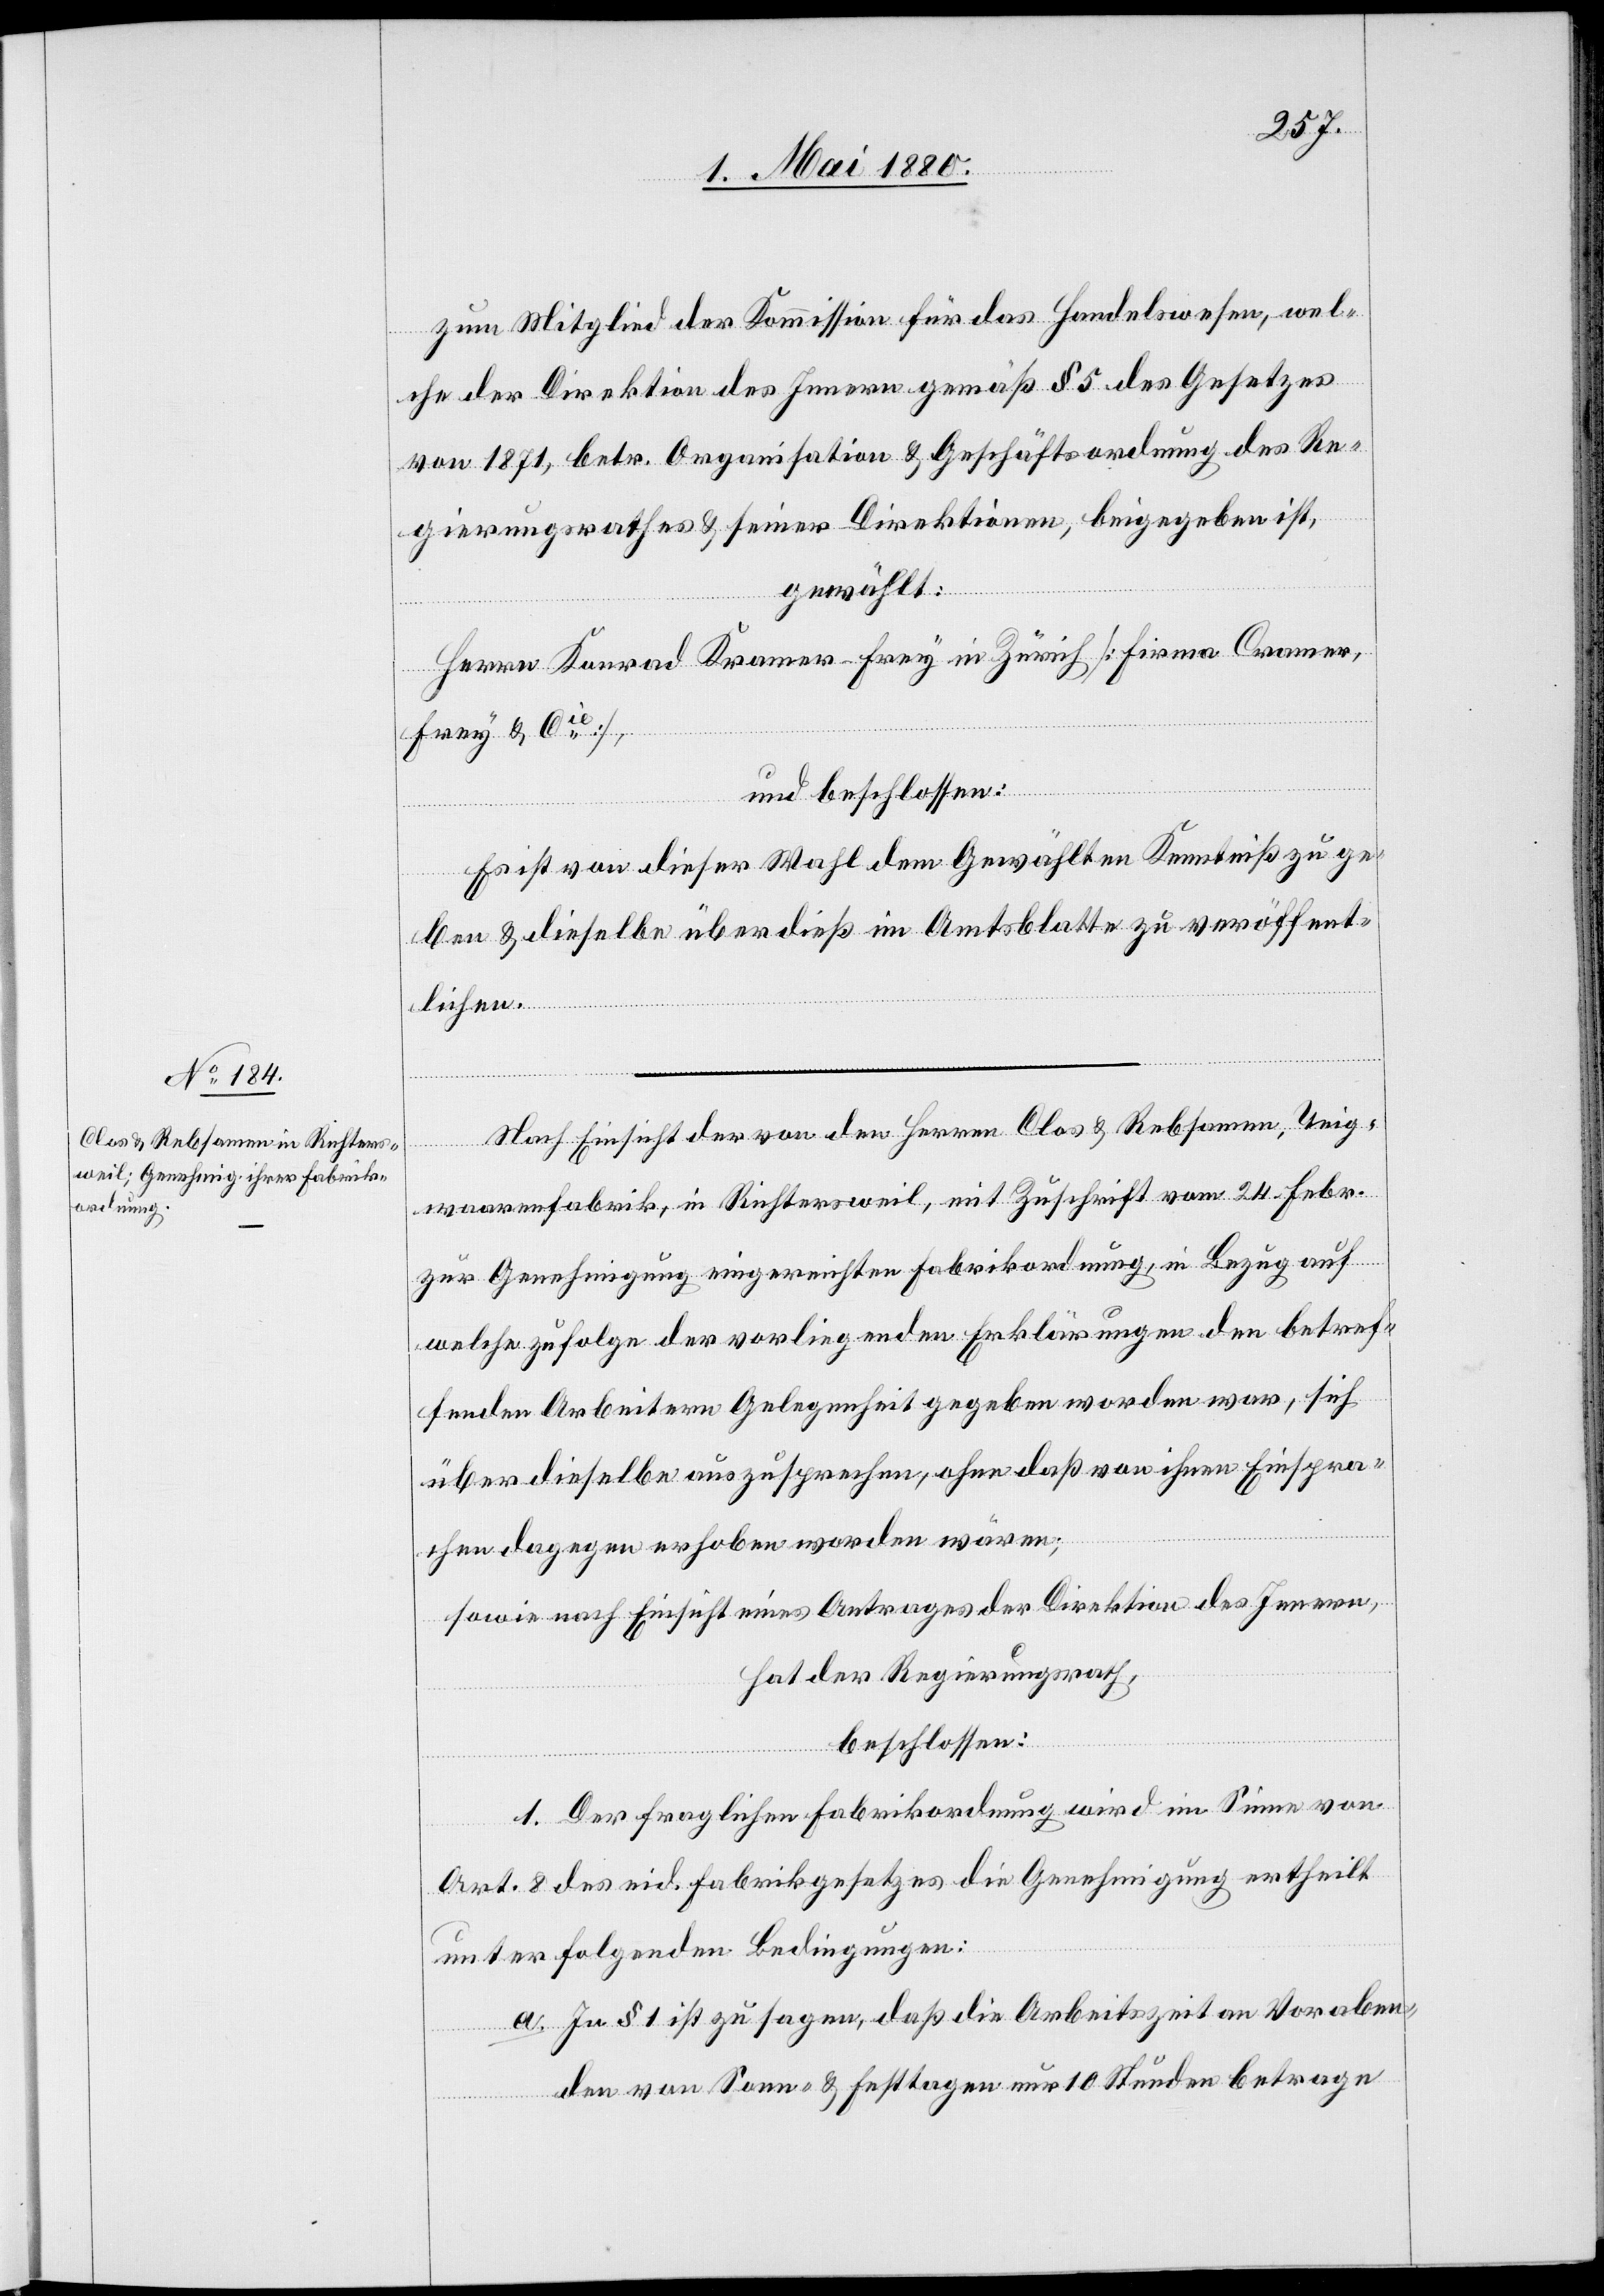
zum Mitglied der Kommission für das Handelswesen, wel¬
che der Direktion des Innern gemäß § 5 des Gesetzes
von 1871, betr. Organisation & Geschäftsordnung des Re¬
gierungsrathes & seiner Direktionen, beigegeben ist,
gewählt:
Herrn Konrad Kramer-Frey in Zürich [Firma Cramer,
Frey & Cie],
und beschlossen:
Es ist von dieser Wahl dem Gewählten Kenntniß zu ge¬
ben & dieselbe überdieß im Amtsblatte zu veröffent¬
lichen.
Nach Einsicht der von den Herren Clos & Rebsamen, Teig¬
waarenfabrik, in Richtersweil, mit Zuschrift vom 24. Febr.
zur Genehmigung eingereichten Fabrikordnung, in Bezug auf
welche zufolge der vorliegenden Erklärungen den betref¬
fenden Arbeitern Gelegenheit gegeben worden war, sich
über dieselbe auszusprechen, ohne daß von ihnen Einspra¬
chen dagegen erhoben worden wären,
sowie nach Einsicht eines Antrages der Direktion des Innern,
hat der Regierungsrath,
beschlossen:
1. Der fraglichen Fabrikordnung wird im Sinne von
Art. 8 des eid. Fabrikgesetzes die Genehmigung ertheilt
unter folgenden Bedingungen:
a. In § 1 ist zu sagen, daß die Arbeitszeit an Voraben¬
den von Sonn- & Festtagen nur 10 Stunden betrage